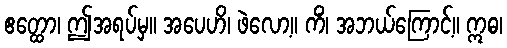
ဧတ္ထော၊ ဤအရပ်မှ။ အပေဟိ၊ ဖဲလော့။ ကိံ၊ အဘယ်ကြောင့်။ ဣဓ၊